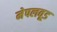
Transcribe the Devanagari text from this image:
मेपलवूड